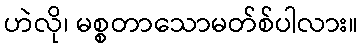
ဟဲလို၊ မစ္စတာသောမတ်စ်ပါလား။